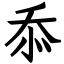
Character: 忝